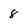
Character: 8